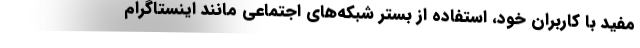
مفید با کاربران خود، استفاده از بستر شبکه‌های اجتماعی مانند اینستاگرام